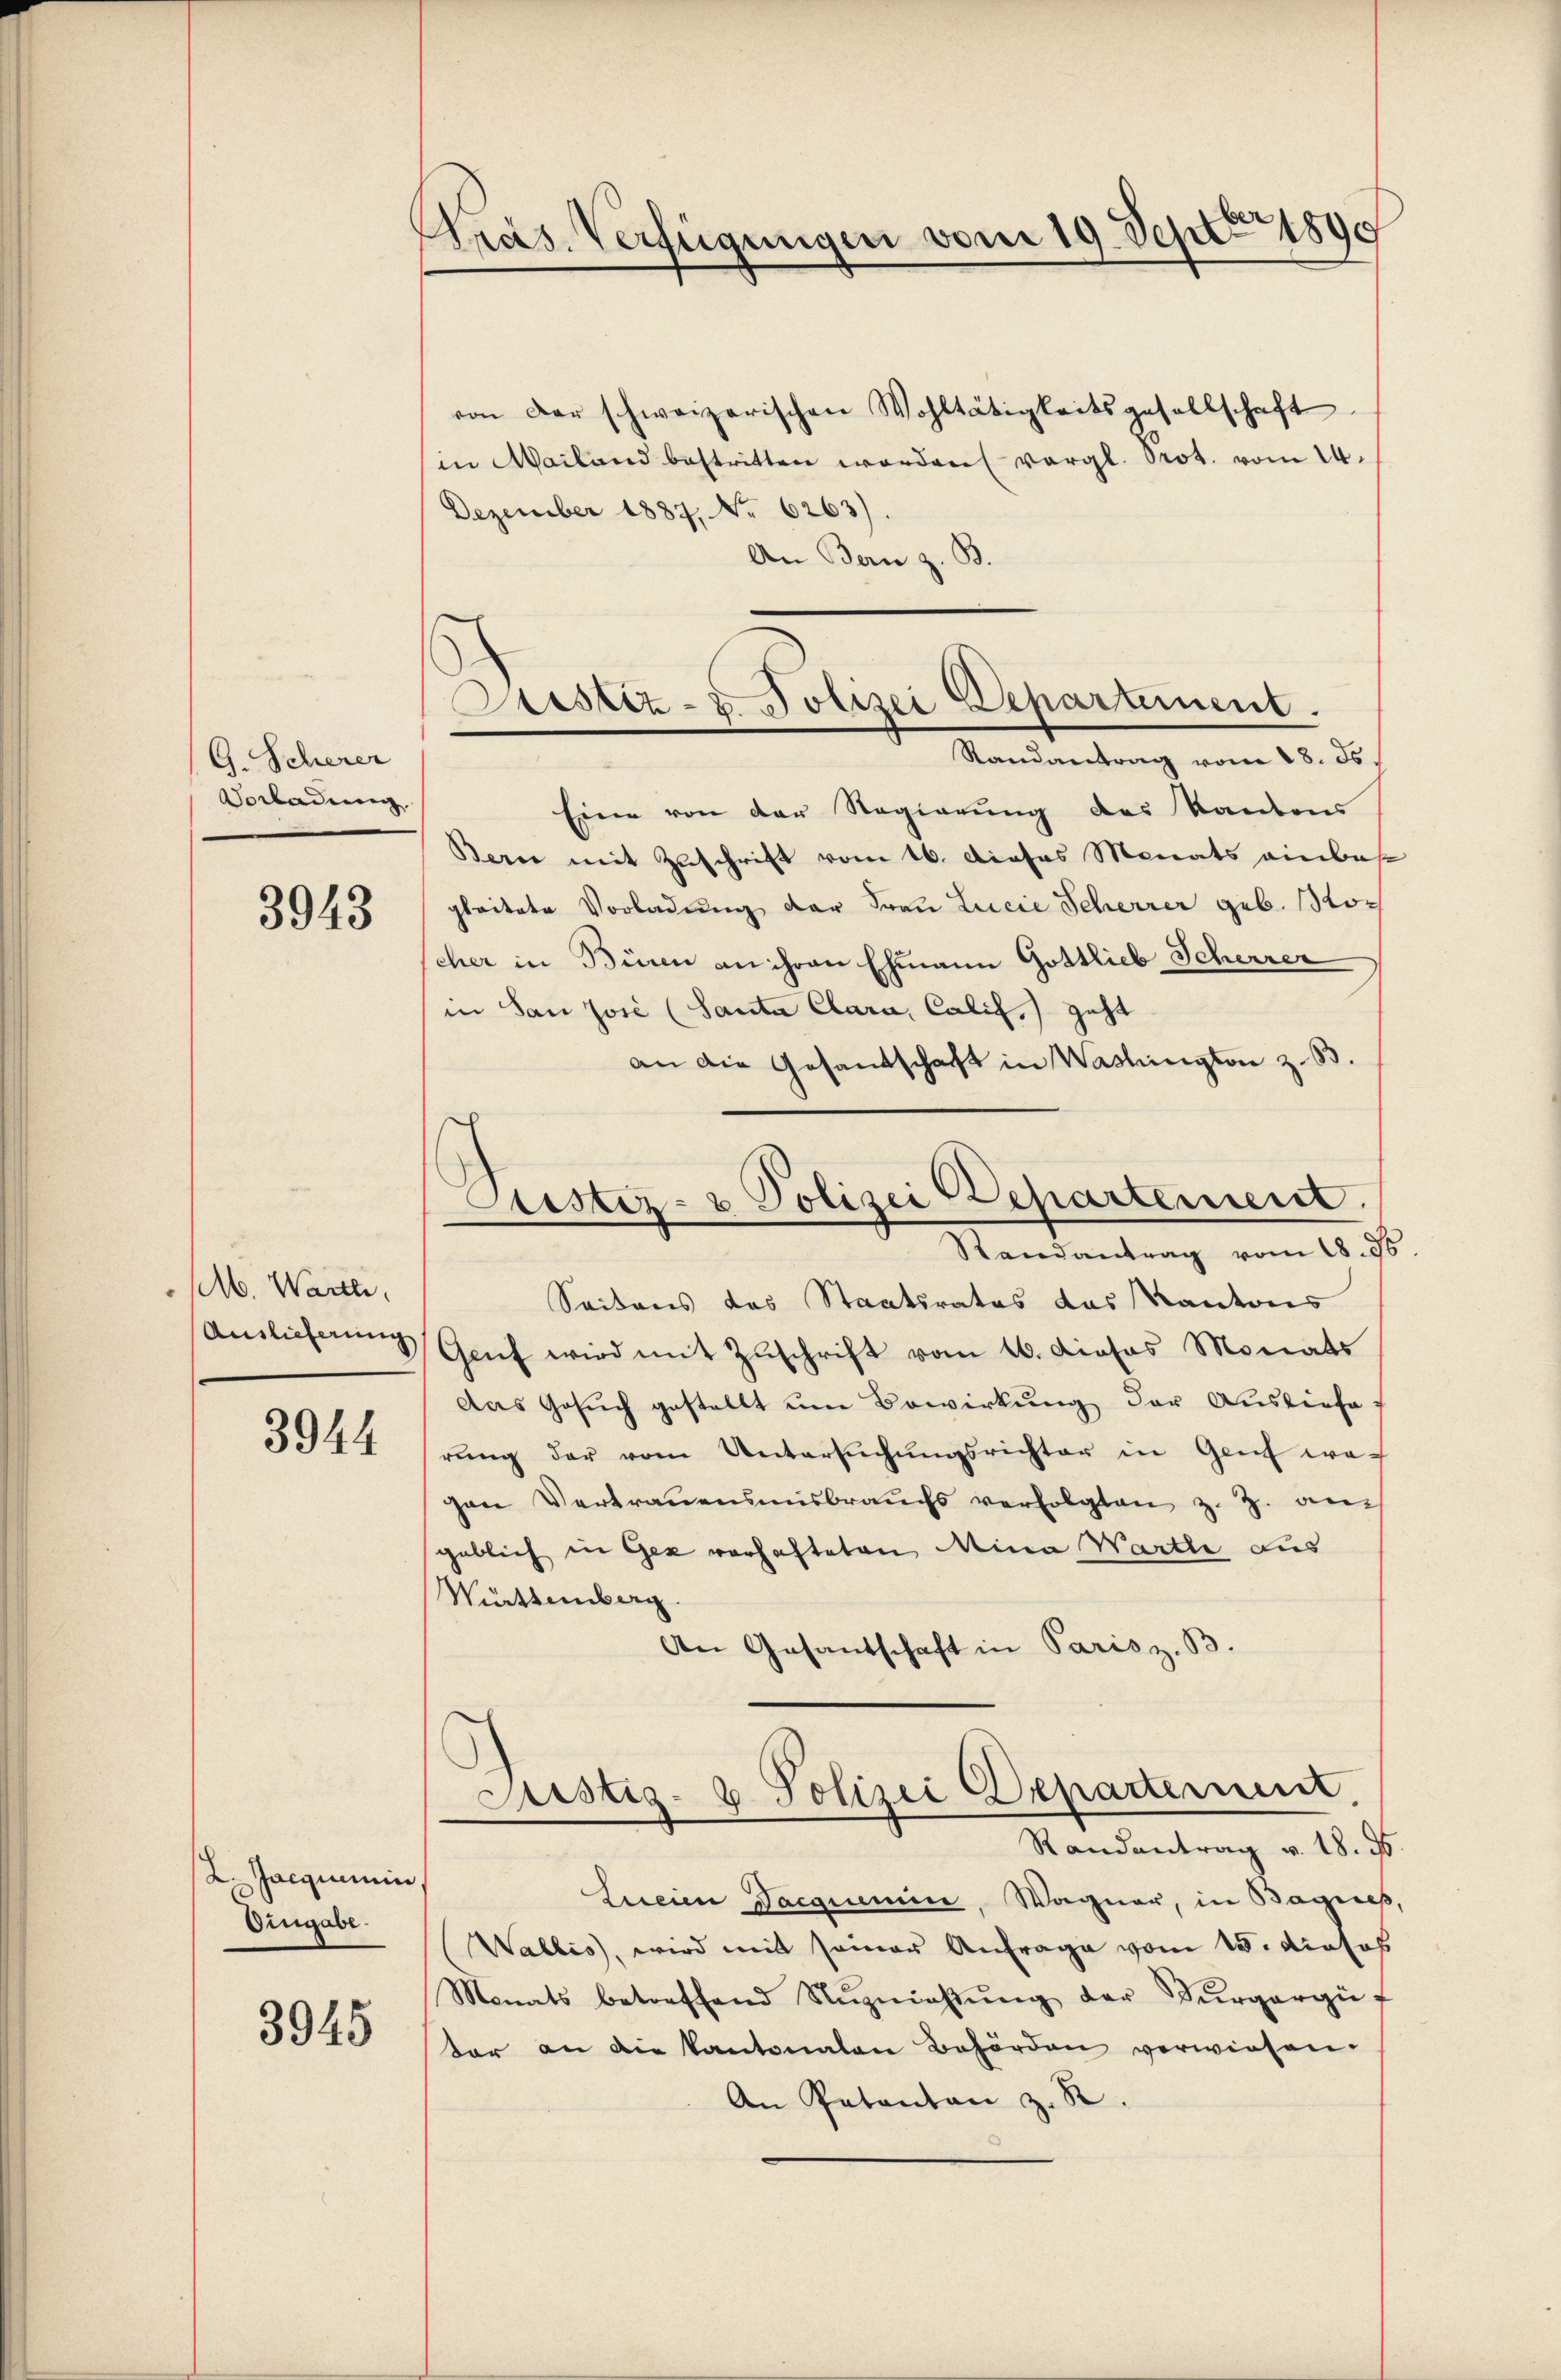
G. Scherer
Vorladung.

3943

MM. Wartei

3944

2. Jacquemin
Eingabe.

3945

Präs. Verfügungen vom 19. Septer 1890

von der schweizerischen Wohltätigkeitsgesellschaft
in Mailand bestritten worden vergl. Prot. vom 14.
Dezember 1887, No. 6263).
An Bern z. B.
Eine von der Regierung des Kanton
Bern mit Zuschrift vom 16. Dieses Monats einbasgleitete Vorladung der Frau Lucie Scherrer geb. Broc
cher in Büren an ihren Ehmann Gottlieb Scherrer
in San Josi (Santa Clara, Calis, geht
an die Gesandschaft in Washington z. B.
Seitens des Staatsrates das Kantons
Anslicherung Genf wird mit Zuschrift vom 16. dieses Monats
Das Gesŭch gestellt um Bewirkung der Ausliefe
rŭng der vom Untersŭchŭngsrichter in Genf wa-
gen Vertrauensmisbrauchs verfolgten z. Z. an
geblich in Gez vorhafteten Mina Wartli aus
Mittemberg.
An Gesandschaft in Paris z. B.
Justiz- & Polizei Departement.
Randantrag v. 18. d
Lneien Vacquence, Wagner, in Bagies
Wallis, wird mit seiner Anfrage vom 15. Josos
Monats betreffend Nŭznichtŭng der Sŭrgergüt
tor an die Kantonalen Behörden verwiesen.
An Patentan z. R.

Sistiz- & Polizei Departement.
Randantrag vom 18. ds.

Justiz- & Polizei Departement.
Randantrag vom 18. St